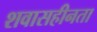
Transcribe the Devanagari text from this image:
शवासहीनता